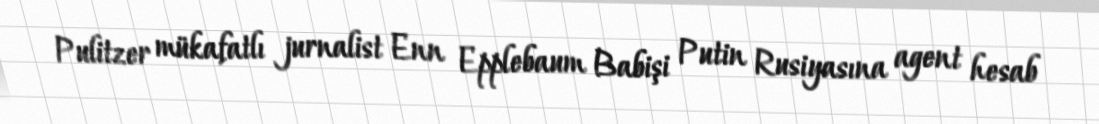
Pulitzer mükafatlı jurnalist Enn Epplebaum Babişi Putin Rusiyasına agent hesab